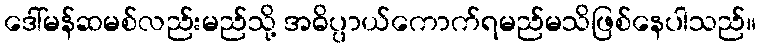
ဒေါ်မန်ဆမစ်လည်းမည်သို့ အဓိပ္ပာယ်ကောက်ရမည်မသိဖြစ်နေပါသည်။